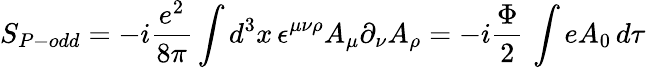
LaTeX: S_{P-odd}=-i\frac{e^{2}}{8\pi}\int d^{3}x\, \epsilon^{\mu\nu\rho}A_{\mu}\partial_{\nu}A_{\rho}=-i\frac{\Phi}{2}\, \int eA_{0}\, d\tau